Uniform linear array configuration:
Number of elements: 64
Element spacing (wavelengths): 1
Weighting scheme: blackman
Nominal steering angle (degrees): -30
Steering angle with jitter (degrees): -30.764
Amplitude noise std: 0.05
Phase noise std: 0.05

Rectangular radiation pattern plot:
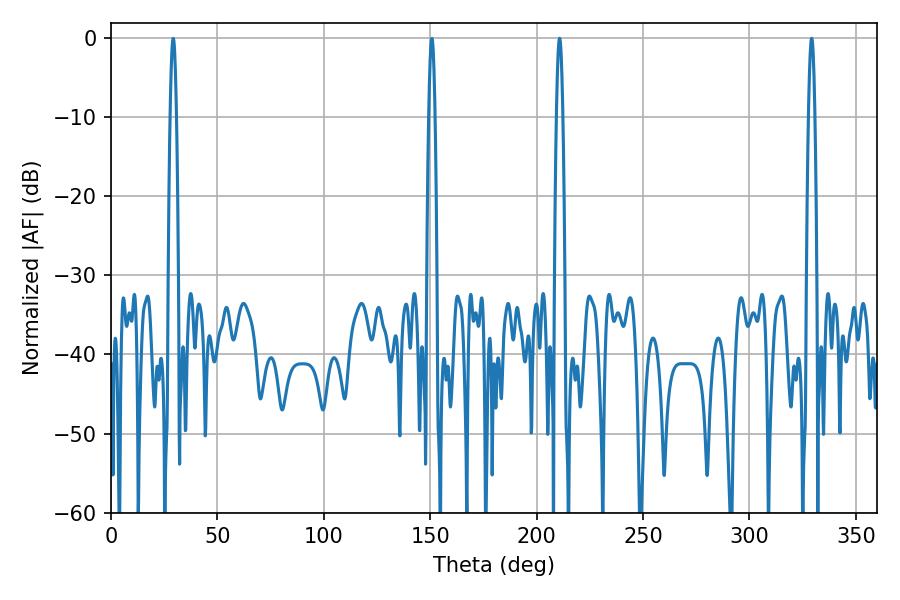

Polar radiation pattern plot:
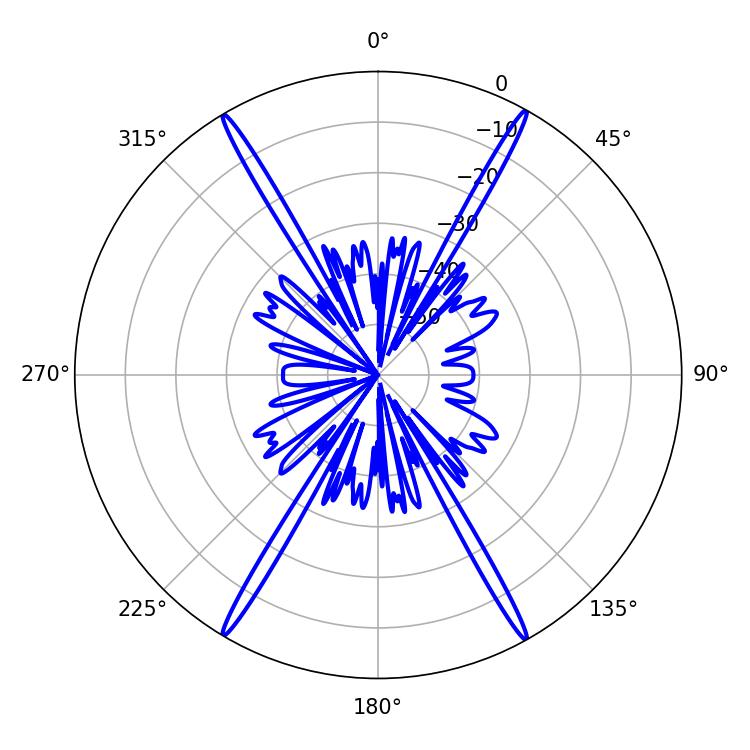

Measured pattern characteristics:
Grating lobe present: TRUE
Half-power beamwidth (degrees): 1.44
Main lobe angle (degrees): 329.22